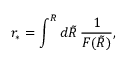
{ r _ { * } } = \int ^ { R } d \tilde { R } \, \frac { 1 } { { \cal F } ( \tilde { R } ) } ,